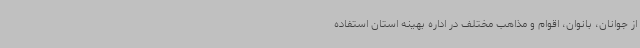
از جوانان، بانوان، اقوام و مذاهب مختلف در اداره بهینه استان استفاده